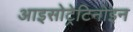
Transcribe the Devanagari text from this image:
आइसोट्रेटिनोइन